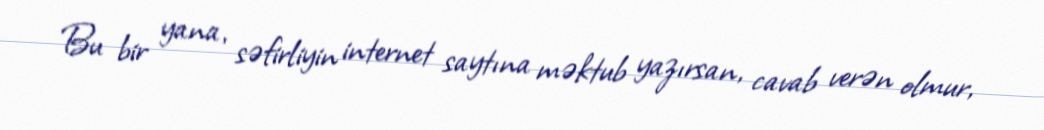
Bu bir yana, səfirliyin internet saytına məktub yazırsan, cavab verən olmur,